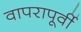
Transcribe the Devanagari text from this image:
वापरापूर्वी